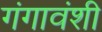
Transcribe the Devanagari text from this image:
गंगावंशी